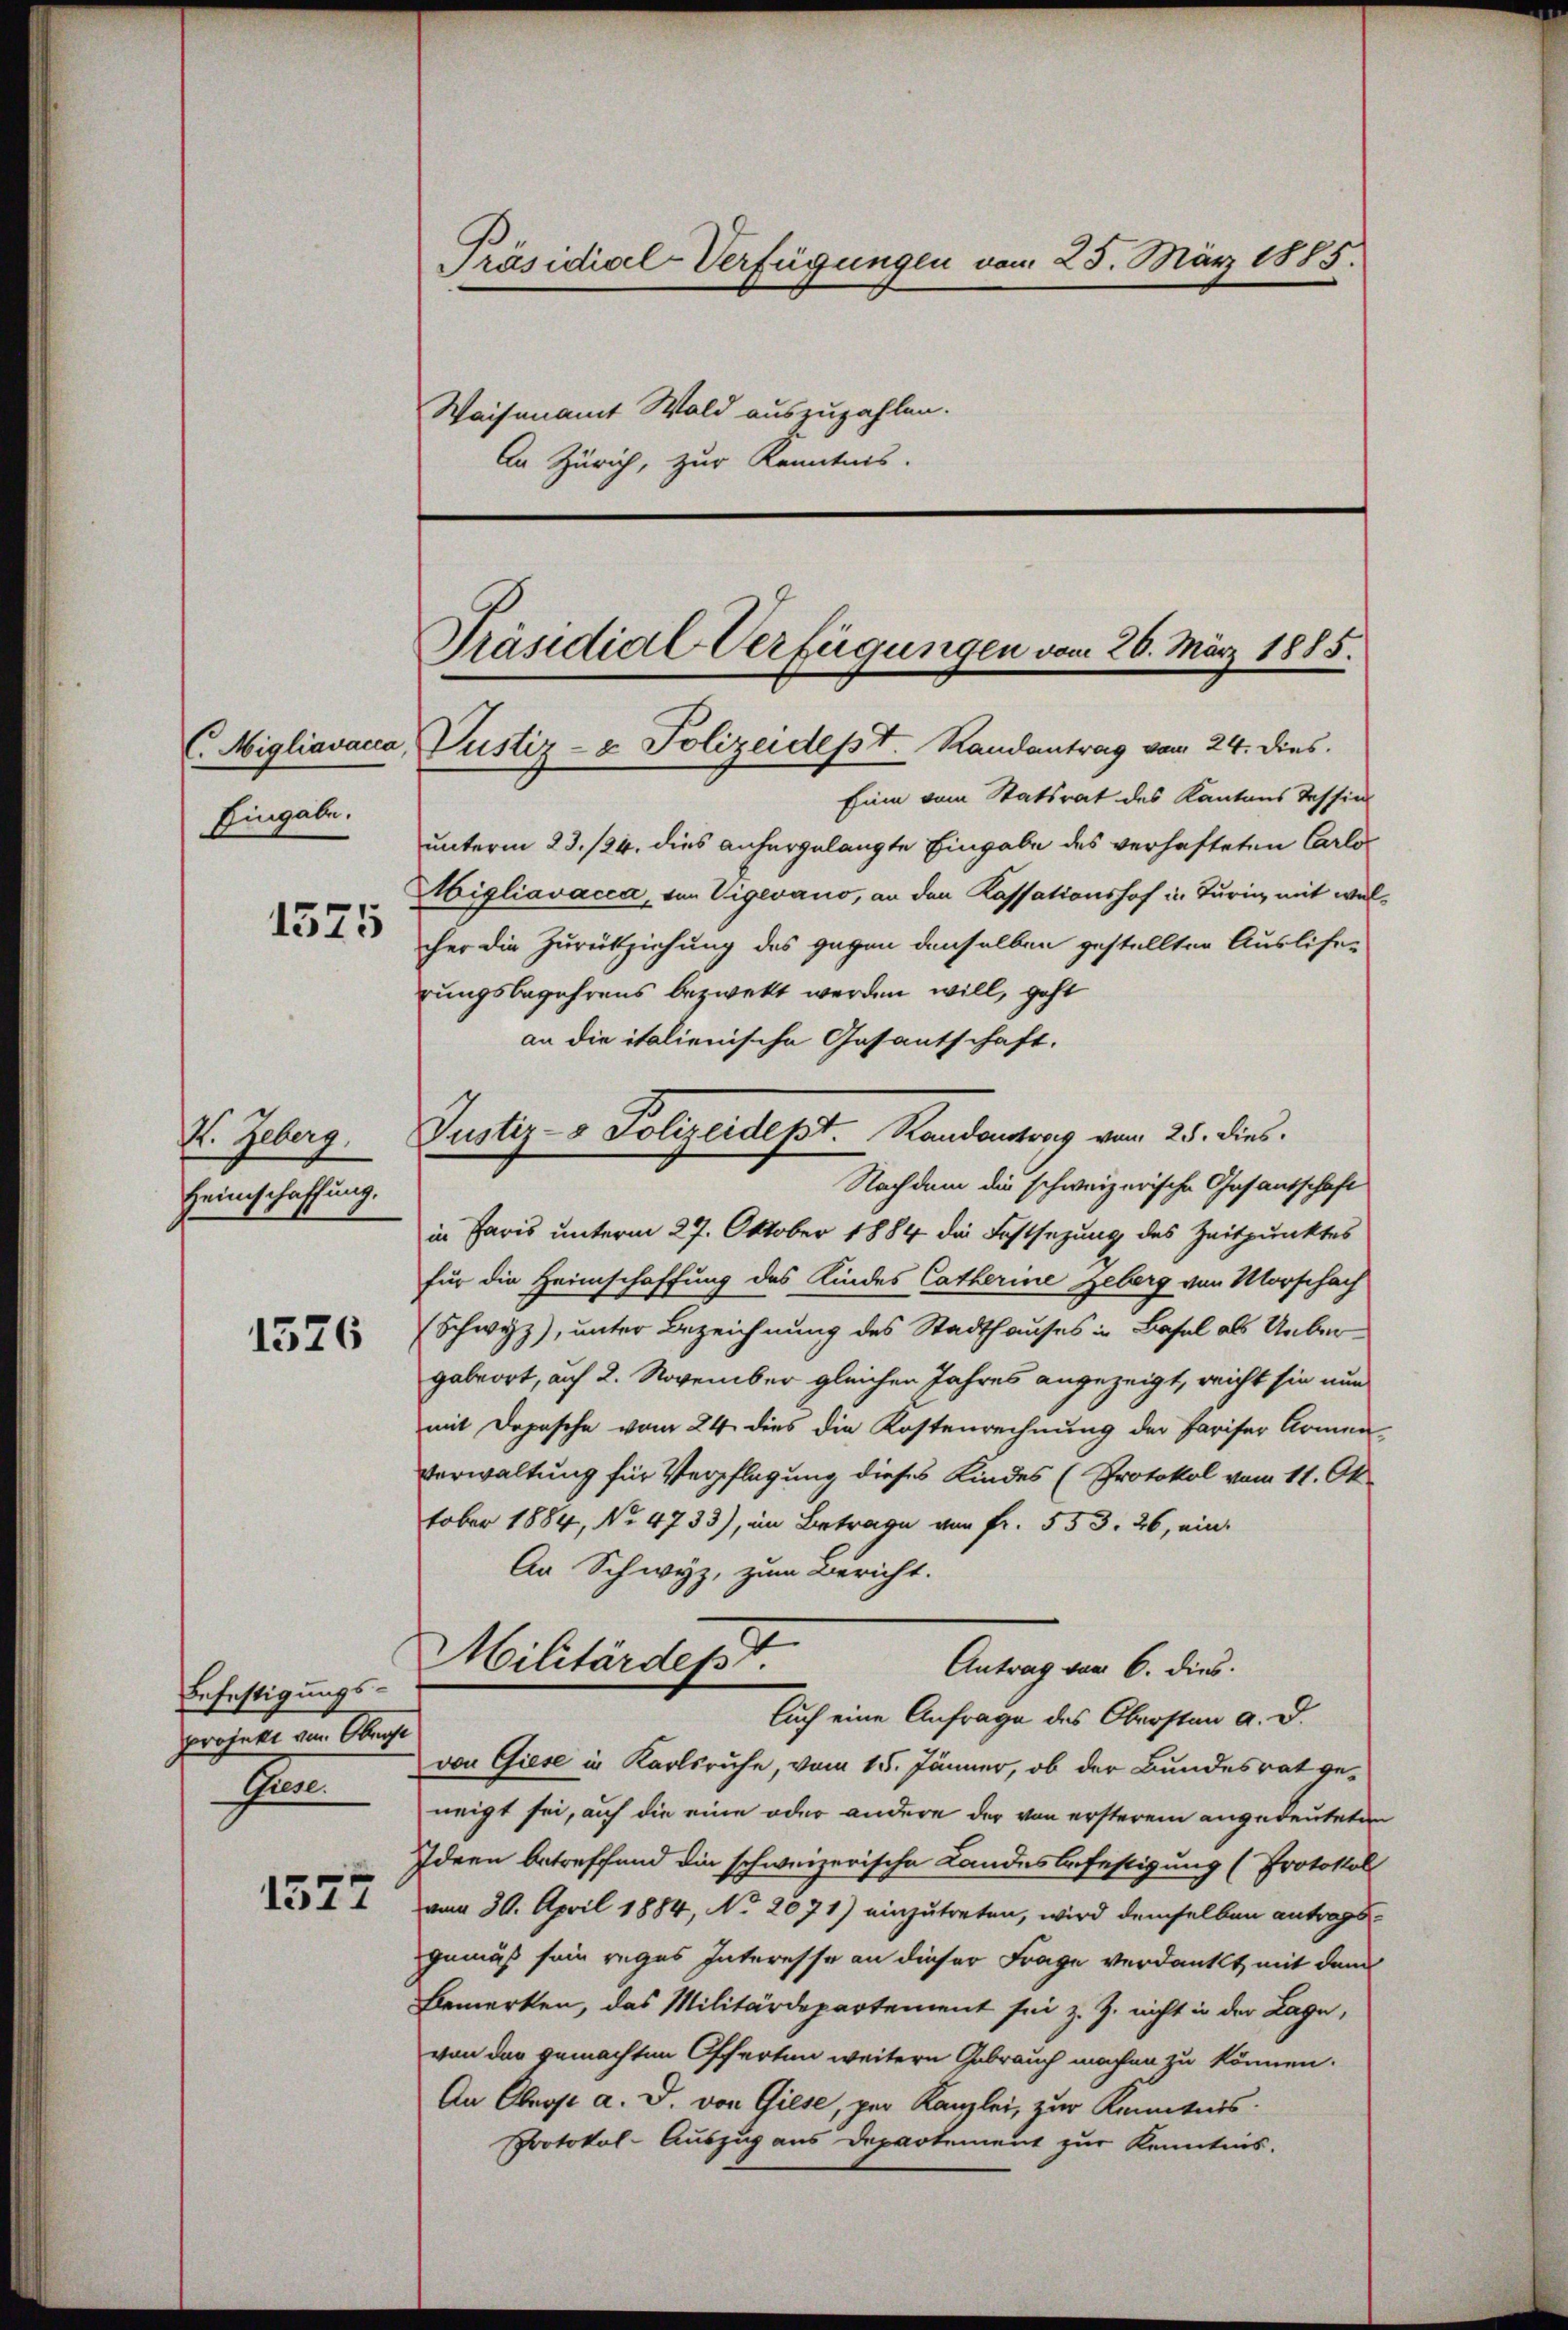
C. Migliavacca,
Eingabe.
1575

V. Geberg.
Heimschaffung.

1376

Befestigungs-
projekt von Obrige
E

1577

Präsidial-Verfügungen vom 25. März 1885.
Waisenamt Wald auszuzahlen.
An Zürich, zur Kenntnis.

Präsidial Verfügungen vom 26. März 1885.
Justiz- & Polizeidept. Randantrag vom 24. dies

Justiz- & Polizeidept. Randantung vom 25. dies

Ein vom Statsrat des Kantons Tessin
unterm 23./24. dies anhergelangte Eingabe des verhafteten Carlo
Migliavacca, von Vigevano, an den Kassationshof in Turin, mit wel
cher die Zurückziehung des gegen denselben gestellten Auslife-
rungsbegehrens bezwekt werden will, geht
an die italienische Gasantschaft.
Nachdem die schweizerische Gesantschaft
in Paris unterm 27. Oktober 1884 die Festsezung des Zeitpunktes
für die Heimschaffung des Kindes Catherine geberg von Morschach
Schwyz), unter Bezeichnung des Stadthauses in Basel als Uebergabeort, auf 2. November gleichen Jahres angezeigt, reicht sie nun
mit Depesche vom 24. dies die Kostenrechnung der Pariser Armen-
Verwaltung für Verpflegung dieses Kindes (Protokol vom 11. Ok
tober 1884, No 4733), im Betrage von Fr. 553. 26, ein
An Schwyz, zum Bericht.
e
Militärdert
Antrag vom 6. dies
Auch eine Anfrage des Obersten a. d.
von Giese in Karlsruhe, vom 15. Jänner, ob der Bundesrat geneigt sei, auf die eine oder andere der von ersterem angedeuteter
Ideen betreffend die schweizerische Landesbefestigung (Protokol
vom 30. April 1884, No 2071) einzutreten, wird demselben antragsgemäß sein reges Interesse an dieser Frage verdankt mit dem
Bemerken, das Militärdepartement sei z. Z. nicht in der Lage,
von der gemachten Offerten weitern Gebrauch machen zu können.
An Oberst a. D. von Giese, per Kanzlei, zur Kenntnis:
Protokol-Auszug aus Departement zur Kenntnis.